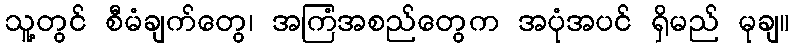
သူ့တွင် စီမံချက်တွေ၊ အကြံအစည်တွေက အပုံအပင် ရှိမည် မုချ။